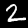
Label: 2